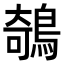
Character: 鵸